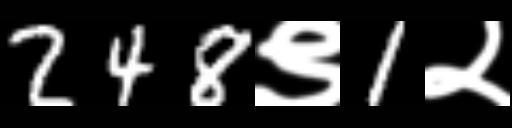
Text: 248९1२